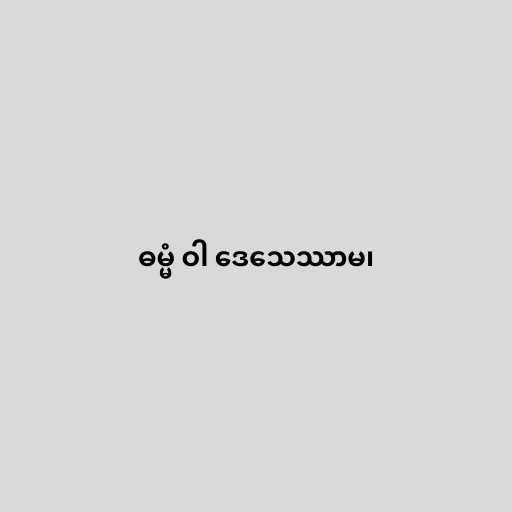
ဓမ္မံ ဝါ ဒေသေဿာမ၊